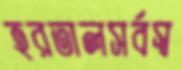
হরতালসর্বস্ব